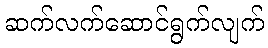
ဆက်လက်ဆောင်ရွက်လျက်